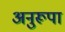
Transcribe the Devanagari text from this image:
अनुरूपा